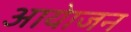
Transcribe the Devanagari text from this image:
आयेाजन